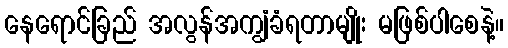
နေရောင်ခြည် အလွန်အကျွံခံရတာမျိုး မဖြစ်ပါစေနဲ့။